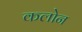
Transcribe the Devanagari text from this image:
कलोन